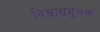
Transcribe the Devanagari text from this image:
विश्वासमूलक